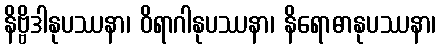
နိဗ္ဗိဒါနုပဿနာ၊ ဝိရာဂါနုပဿနာ၊ နိရောဓာနုပဿနာ၊